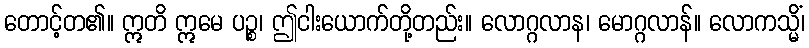
တောင့်တ၏။ ဣတိ ဣမေ ပဉ္စ၊ ဤငါးယောက်တို့တည်း။ လောဂ္ဂလာန၊ မောဂ္ဂလာန်။ လောကသ္မိံ၊